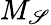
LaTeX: M_{\mathscr{S}}